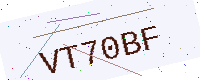
Text: VT70BF